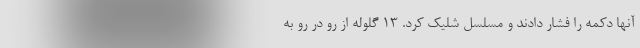
آنها دکمه را فشار دادند و مسلسل شلیک کرد. ۱۳ گلوله از رو در رو به